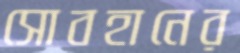
সোবহানের